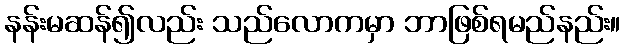
နန်းမဆန်၍လည်း သည်လောကမှာ ဘာဖြစ်ရမည်နည်း။